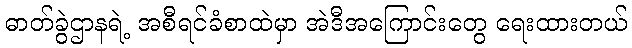
ဓာတ်ခွဲဌာနရဲ့ အစီရင်ခံစာထဲမှာ အဲဒီအကြောင်းတွေ ရေးထားတယ်